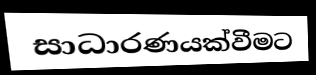
සාධාරණයක්වීමට